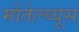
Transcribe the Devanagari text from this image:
मोतेल्च्यूस